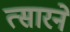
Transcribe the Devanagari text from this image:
त्सारने